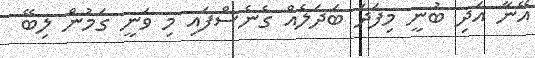
އޭނާ އަދި ބުނީ މިފަދަ ބަދަަލެއް ގެނެސްފައި މި ވަނީ ގަމުން ލިބޭ